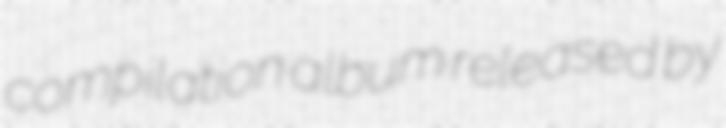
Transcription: compilation album released by